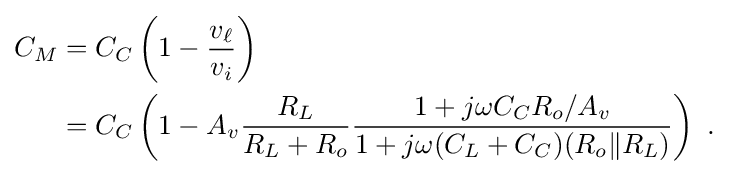
{\begin{aligned}C_{M}&=C_{C}\left(1-{\frac {v_{\ell }}{v_{i}}}\right)\\&=C_{C}\left(1-A_{v}{\frac {R_{L}}{R_{L}+R_{o}}}{\frac {1+j\omega C_{C}R_{o}/A_{v}}{1+j\omega (C_{L}+C_{C})(R_{o}\|R_{L})}}\right)\ .\\\end{aligned}}